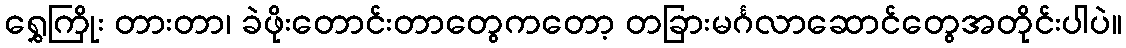
ရွှေကြိုး တားတာ၊ ခဲဖိုးတောင်းတာတွေကတော့ တခြားမင်္ဂလာဆောင်တွေအတိုင်းပါပဲ။